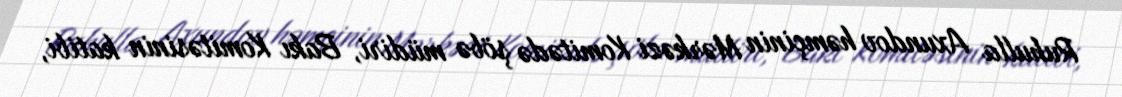
Ruhulla Axundov həmçinin Mərkəzi Komitədə şöbə müdiri, Bakı Komitəsinin katibi,